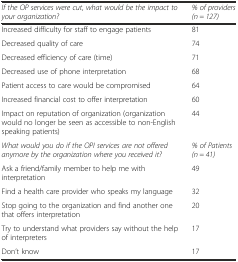
<table><thead><tr><td><b><i>If the OP services were cut, what would be the impact to your organization?</i></b></td><td><b><i>% of providers (n = 127)</i></b></td></tr></thead><tbody><tr><td>Increased difficulty for staff to engage patients</td><td>81</td></tr><tr><td>Decreased quality of care</td><td>74</td></tr><tr><td>Decreased efficiency of care (time)</td><td>71</td></tr><tr><td>Decreased use of phone interpretation</td><td>68</td></tr><tr><td>Patient access to care would be compromised</td><td>64</td></tr><tr><td>Increased financial cost to offer interpretation</td><td>60</td></tr><tr><td>Impact on reputation of organization (organization would no longer be seen as accessible to non-English speaking patients)</td><td>44</td></tr><tr><td><i>What would you do if the OPI services are not offered anymore by the organization where you received it?</i></td><td><i>% of Patients (n = 41)</i></td></tr><tr><td>Ask a friend/family member to help me with interpretation</td><td>49</td></tr><tr><td>Find a health care provider who speaks my language</td><td>32</td></tr><tr><td>Stop going to the organization and find another one that offers interpretation</td><td>20</td></tr><tr><td>Try to understand what providers say without the help of interpreters</td><td>17</td></tr><tr><td>Don’t know</td><td>17</td></tr></tbody></table>